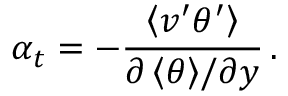
\alpha _ { t } = - \frac { \left< v ^ { \prime } \theta ^ { \prime } \right> } { { \partial \left< \theta \right> } / { \partial y } } \, .